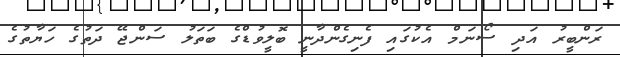
ރަންބީރު އަދި ސޯނަމް އެކުގައި ފެނިގެންދާނީ ބޮލީވުޑްގެ ބަތަލު ސަންޖޭ ދަތުގެ ހަޔާތުގެ